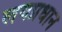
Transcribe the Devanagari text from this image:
लयप्रधान